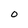
Character: O